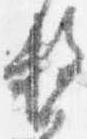
務